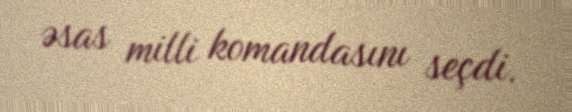
əsas milli komandasını seçdi.